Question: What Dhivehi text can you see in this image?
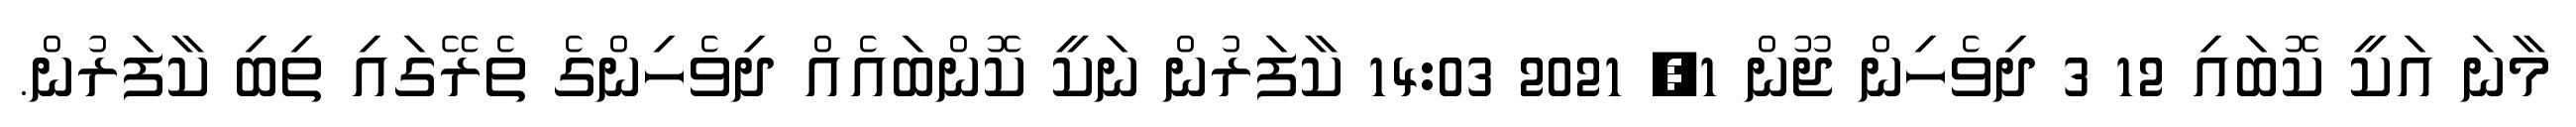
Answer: މާނަ އަކީ ކޮބައި 12 3 ދިވެހިން ޖޫން 1, 2021 14:03 ކާފަރުން ނަކީ ކޮންބައެއް ދިވެހިންގެ ތެރޭގައި ތިބި ކާފަރުން.